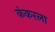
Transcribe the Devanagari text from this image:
कंकरला